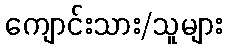
ကျောင်းသား/သူများ